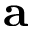
\textbf { a }